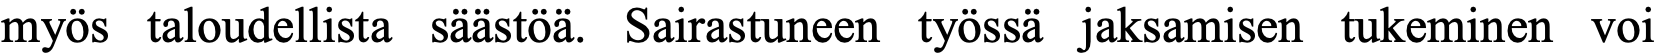
myös taloudellista säästöä. Sairastuneen työssä jaksamisen tukeminen voi